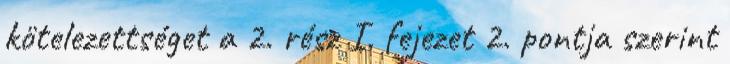
kötelezettséget a 2. rész I. fejezet 2. pontja szerint